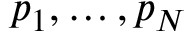
\boldsymbol { p } _ { 1 } , \dots , \boldsymbol { p } _ { N }